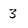
Character: 3